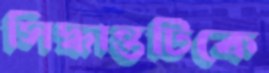
সিদ্ধান্তটিকে